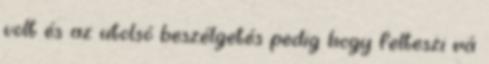
volt és az utolsó beszélgetés pedig hogy felteszi rá